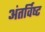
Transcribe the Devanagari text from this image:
अंतर्विष्‍ट